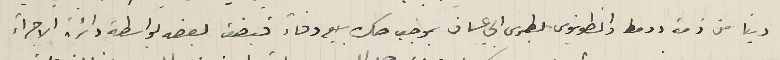
دينا من ذمة دومط وانطونيوس بطرس ابي عساف بموجب صك بيع وفآء قبضت بعضه بواسطة دائرة الاجرآء